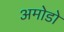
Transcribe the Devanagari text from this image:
अमोडो